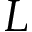
L